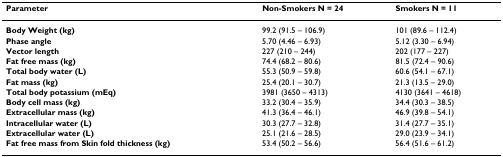
| Parameter | Non-Smokers N = 24 | Smokers N = 11 |
 | --- | --- | --- |
 | Body Weight (kg) | 99.2 (91.5 – 106.9) | 101 (89.6 – 112.4) |
 | Phase angle | 5.70 (4.46 – 6.93) | 5.12 (3.30 – 6.94) |
 | Vector length | 227 (210 – 244) | 202 (177 – 227) |
 | Fat free mass (kg) | 74.4 (68.2 – 80.6) | 81.5 (72.4 – 90.6) |
 | Total body water (L) | 55.3 (50.9 – 59.8) | 60.6 (54.1 – 67.1) |
 | Fat mass (kg) | 25.4 (20.1 – 30.7) | 21.3 (13.5 – 29.0) |
 | Total body potassium (mEq) | 3981 (3650 – 4313) | 4130 (3641 – 4618) |
 | Body cell mass (kg) | 33.2 (30.4 – 35.9) | 34.4 (30.3 – 38.5) |
 | Extracellular mass (kg) | 41.3 (36.4 – 46.1) | 46.9 (39.8 – 54.1) |
 | Intracellular water (L) | 30.3 (27.7 – 32.8) | 31.4 (27.7 – 35.1) |
 | Extracellular water (L) | 25.1 (21.6 – 28.5) | 29.0 (23.9 – 34.1) |
 | Fat free mass from Skin fold thickness (kg) | 53.4 (50.2 – 56.6) | 56.4 (51.6 – 61.2) |